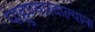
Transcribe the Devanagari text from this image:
पाहुण्यारवाल्याना